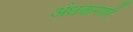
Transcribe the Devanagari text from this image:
अंधकगणों